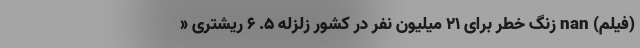
(فیلم) nan زنگ خطر برای ۲۱ میلیون نفر در کشور زلزله ۵. ۶ ریشتری «